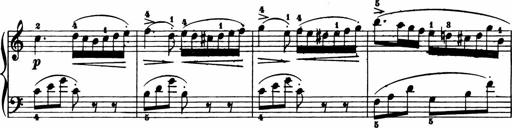
Title: 11 Sonatinas for Piano Solo
Composer: Anton Diabelli